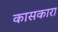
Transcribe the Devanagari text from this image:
कासकारा